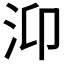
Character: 𭯹